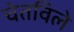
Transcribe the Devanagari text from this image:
चेतविले